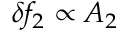
\delta f _ { 2 } \propto A _ { 2 }